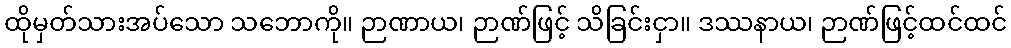
ထိုမှတ်သားအပ်သော သဘောကို။ ဉာဏာယ၊ ဉာဏ်ဖြင့် သိခြင်းငှာ။ ဒဿနာယ၊ ဉာဏ်ဖြင့်ထင်ထင်